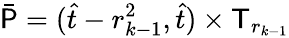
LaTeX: \bar{\mathsf P}=(\hat{t}-r_{k-1}^{2},\hat{t})\times\mathsf T_{r_{k-1}}